Civil Veterinary Dept. Bombay admin report 1914-1922 - 1914-1922
Year: 1914
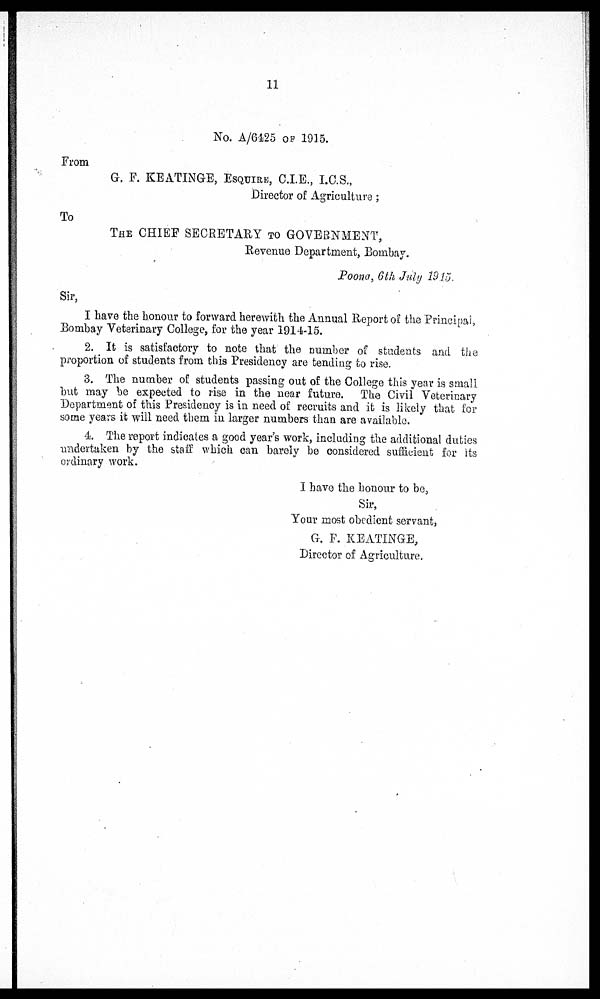
11
No. A/6425 OF 1915.
From
G, F. KEATINGE, ESQUIRE, CLE., I.C.S.,
Director of Agriculture;
To
THE CHIEF SECRETARY TO GOVERNMENT,
Revenue Department, Bombay.
Poona, 6th July 1915.
Sir,
I have the honour to forward herewith the Annual Report of the Principal,
Bombay Veterinary College, for the year 1914-15.
2. It is satisfactory to note that the number of students and the
proportion of students from this Presidency are tending to rise.
3. The number of students passing out of the College this year is small
but may be expected to rise in the near future. The Civil Veterinary
Department of this Presidency is in need of recruits and it is likely that for
some years it will need them in larger numbers than are available.
4. The report indicates a good year's work, including the additional duties
undertaken by the staff which can barely be considered sufficient for its
ordinary work.
I have the honour to be,
Sir,
Your most obedient servant,
G. F. KEATINGE,
Director of Agriculture.